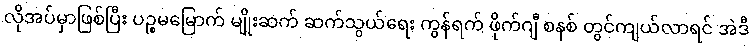
လိုအပ်မှာဖြစ်ပြီး ပဉ္စမမြောက် မျိုးဆက် ဆက်သွယ်ရေး ကွန်ရက် ဖိုက်ဂျီ စနစ် တွင်ကျယ်လာရင် အဲဒီ